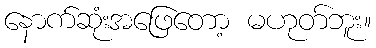
နောက်ဆုံးအဖြေတော့ မဟုတ်ဘူး။